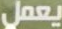
يعمل